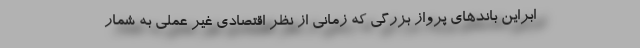
ابراین باندهای پرواز بزرگی که زمانی از نظر اقتصادی غیر عملی به شمار